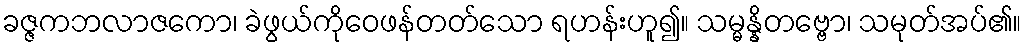
ခဇ္ဇကဘလာဇကော၊ ခဲဖွယ်ကိုဝေဖန်တတ်သော ရဟန်းဟူ၍။ သမ္မန္နိတဗ္ဗော၊ သမုတ်အပ်၏။